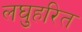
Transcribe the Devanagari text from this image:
लघुहरित